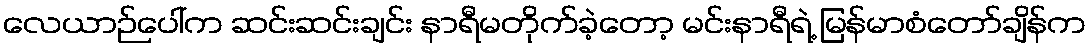
လေယာဉ်ပေါ်က ဆင်းဆင်းချင်း နာရီမတိုက်ခဲ့တော့ မင်းနာရီရဲ့ မြန်မာစံတော်ချိန်က